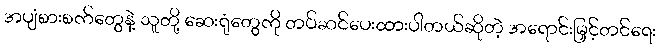
အပျံစားစက်တွေနဲ့ သူတို့ ဆေးရုံတွေကို တပ်ဆင်ပေးထားပါတယ်ဆိုတဲ့ အရောင်းမြှင့်တင်ရေး